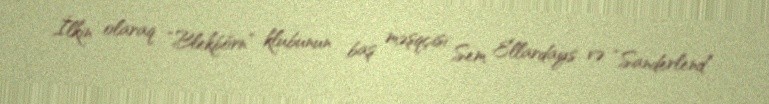
İlkin olaraq “Blekbörn” klubunun baş məşqçisi Sem Ellardays və “Sanderlend”